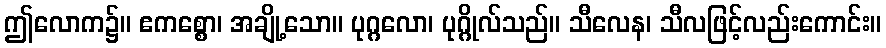
ဤလောက၌။ ဧကစ္စော၊ အချို့သော။ ပုဂ္ဂလော၊ ပုဂ္ဂိုလ်သည်။ သီလေန၊ သီလဖြင့်လည်းကောင်း။